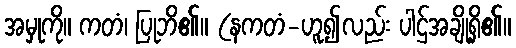
အမှုကို။ ကတံ၊ ပြုဘိ၏။ (နကတံ-ဟူ၍လည်း ပါဌ်အချို့ရှိ၏။